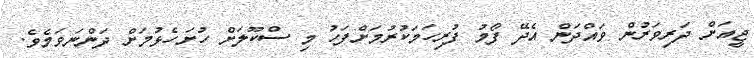
ޖީއަށް ދަރިވަރުން ވައްދަން އެދޭ ފޯމު ފުރިހަމަކުރުމަށްފަހު މި ސްކޫލަށް ހުށަހެޅުމަށް ދަންނަވަމެވެ.